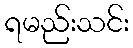
ရမည်းသင်း